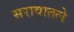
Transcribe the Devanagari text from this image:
सरावातले